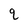
Character: q